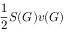
\frac { 1 } { 2 } S ( G ) v ( G )